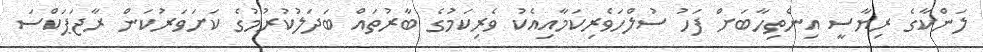
ލަންކާގެ ރިޔާސީ އިންތިހާބަށް ފަހު ސުލްހަވެރިކަމާއިއެކު ވެރިކަމުގެ ބާރުތައް ބަދަލުކުރުމުގެ ކަށަވަރުކަން ރާޖަޕަކްސަ